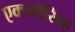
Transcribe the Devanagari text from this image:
एक्प्लोसिव्ह